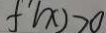
f ^ { \prime } ( x ) > 0